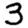
Digit: 3